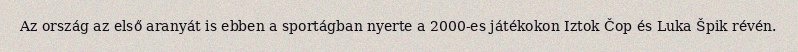
Az ország az első aranyát is ebben a sportágban nyerte a 2000-es játékokon Iztok Čop és Luka Špik révén.